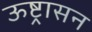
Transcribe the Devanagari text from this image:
ऊष्ट्रासन